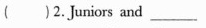
( )2. Juniors and __